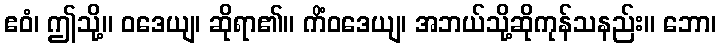
ဧဝံ၊ ဤသို့။ ဝဒေယျ၊ ဆိုရာ၏။ ကိံဝဒေယျ၊ အဘယ်သို့ဆိုကုန်သနည်း။ ဘော၊